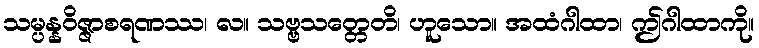
သမ္ပန္နဝိဇ္ဇာစရဏဿ၊ လ။ သဗ္ဗသတ္တေတိ၊ ဟူသော။ အထံဂါထာ၊ ဤဂါထာကို။